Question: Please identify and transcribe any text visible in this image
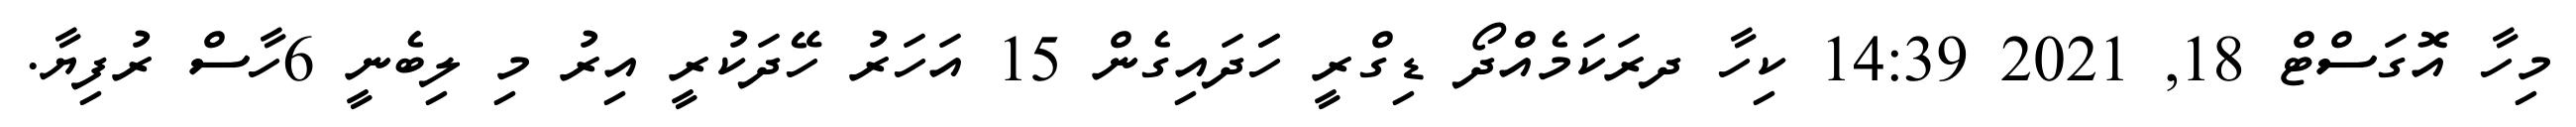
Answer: މިހާ އޮގަސްޓް 18, 2021 14:39 ކިހާ ދރަކަމެއްދޯ ޑިގްރީ ހަަދައިގެން 15 އަހަރު ހޭދަކުރީ އިރު މި ލިބެނީ 6ހާސް ރުފިޔާ.